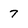
Character: 7